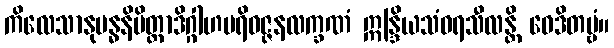
ကိလေသာနုဗန္ဓနိမိတ္တာဒိဂ္ဂါဟပရိဝဇ္ဇနလက္ခဏံ ဣန္ဒြိယသံဝရသီလန္တိ ဝေဒိတဗ္ဗံ။